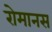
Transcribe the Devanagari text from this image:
रोमानस